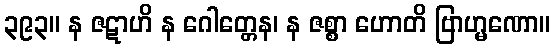
၃၉၃။ န ဇဋာဟိ န ဂေါတ္တေန၊ န ဇစ္စာ ဟောတိ ဗြာဟ္မဏော။